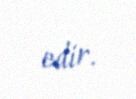
edir.